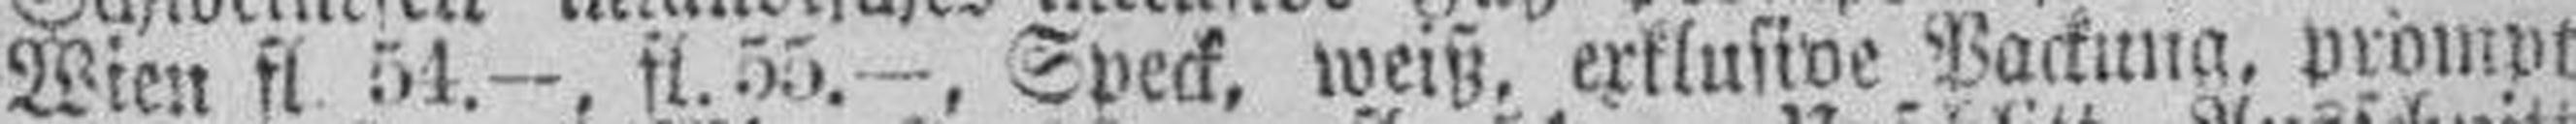
Wien fl. 51.—, fl. 55.—, Speck, weiß, exklusive Packung, prompt